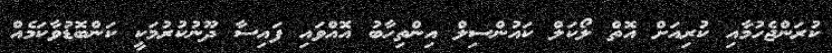
ކުރަންޖެހުމާއި ކުރިއަށް އޮތް ލޯކަލް ކައުންސިލް އިންތިހާބު އޮއްވައި ފައިސާ ދޫނުކުރުމަކީ ކަންބޮޑުވާކަމެއް